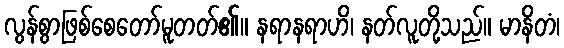
လွန်စွာဖြစ်စေတော်မူတတ်၏။ နရာနရာဟိ၊ နတ်လူတို့သည်။ မာနိတံ၊